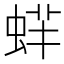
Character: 䖹